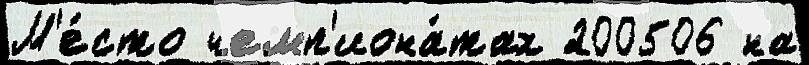
М'е́сто чемп'иона́тах 200506 на